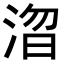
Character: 𭱓